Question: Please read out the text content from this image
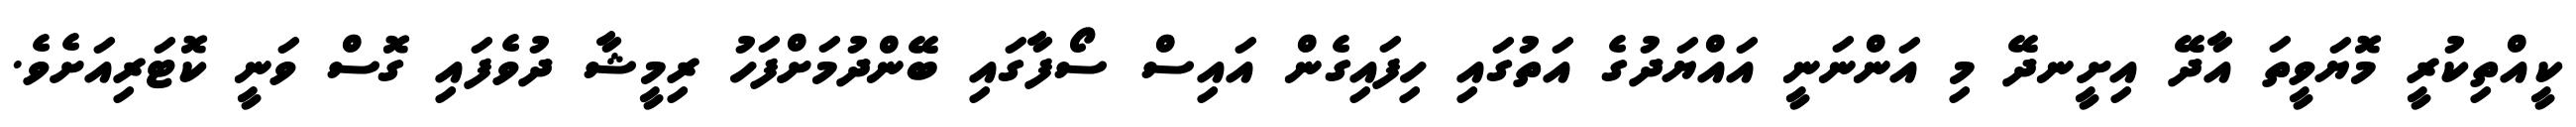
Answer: ކީއްތިކުރީ މޮޔަވީތަ އާދޭ އިށީނދޭ މި އަންނަނީ އައްޔަދުގެ އަތުގައި ހިފައިގެން އައިސް ސޯފާގައި ބޭންދުމަށްފަހު ރިމީޝާ ދުވެފައި ގޮސް ވަނީ ކޮޓަރިއަށެވެ.